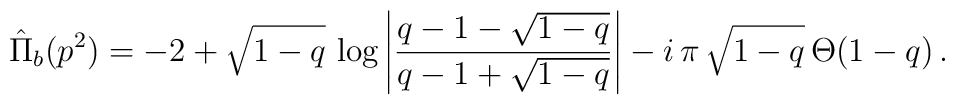
\hat{\Pi}_{b}(p^2)=-2+\sqrt{1-q}\,\log\left|\frac{q-1-\sqrt{1-q}}{q-1+\sqrt{1-q}}\right| -i\,\pi\,\sqrt{1-q}\,\Theta(1-q)\,.